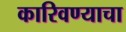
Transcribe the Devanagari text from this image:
कारिवण्याचा